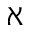
\aleph